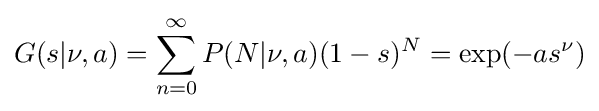
G(s|\nu ,a)=\sum _{n=0}^{\infty }P(N|\nu ,a)(1-s)^{N}=\exp(-as^{\nu })